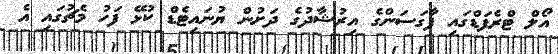
އޯލް ޓްރެފަޑްގައި ފާގަސަންގެ އިރުޝާދުގެ ދަށުން ޔުނައިޓެޑް ކުޅޭ ފަހު މެޗުގައި އެ